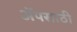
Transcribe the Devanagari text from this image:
अॅपसाठी